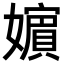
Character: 𡣕